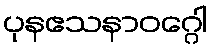
ပုနဧသနာဝဂ္ဂေါ